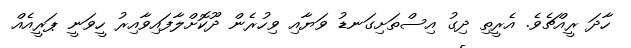
ހާދަ ރީއްޗެވެ. އެރީތި ދިގު އިސްތަށިގަނޑު ވަޔާއި ވިހުރެން ދޫކޮށްލާފައިވާއިރު ހީވަނީ ޕަރީއެއް